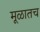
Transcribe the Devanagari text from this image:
मूळातच